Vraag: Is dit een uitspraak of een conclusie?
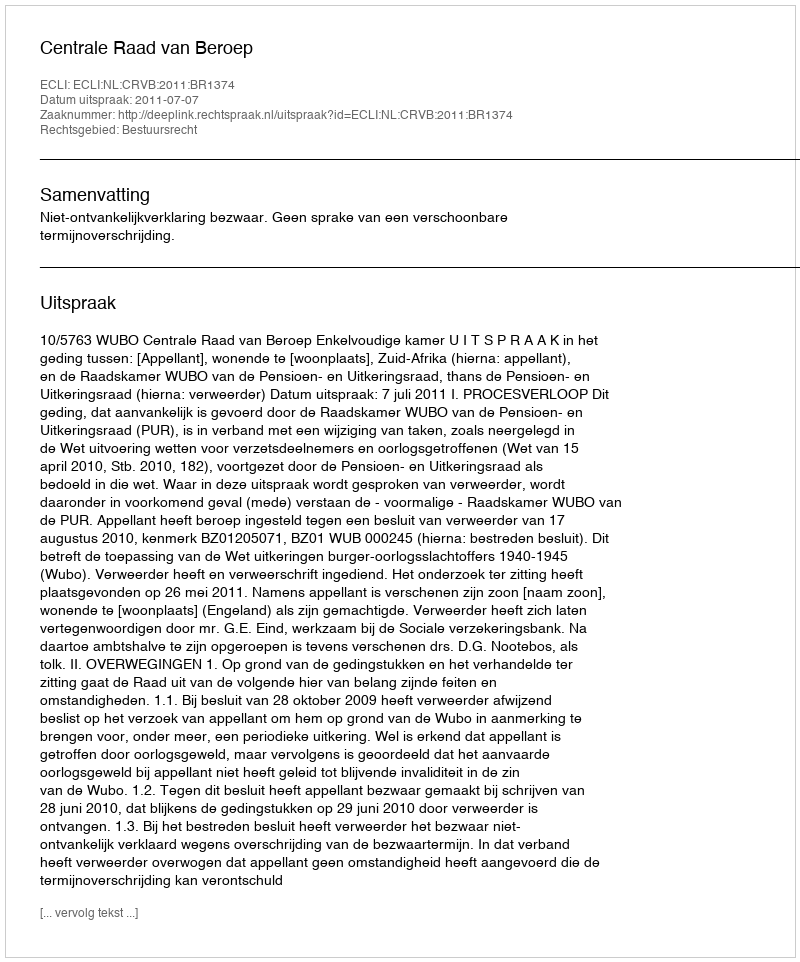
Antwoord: Uitspraak